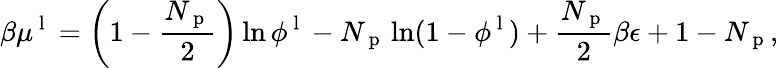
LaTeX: \beta\mu^{\mathrm{~l~}}=\left(1-\frac{N_{\mathrm{~p~}}}{2}\right)\ln\phi^{\mathrm{~l~}}-N_{\mathrm{~p~}}\ln(1-\phi^{\mathrm{~l~}})+\frac{N_{\mathrm{~p~}}}{2}\beta\epsilon+1-N_{\mathrm{~p~}},